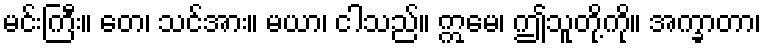
မင်းကြီး။ တေ၊ သင်အား။ မယာ၊ ငါသည်။ ဣမေ၊ ဤသူတို့ကို။ အက္ခာတာ၊